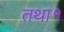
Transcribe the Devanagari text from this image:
तथा१